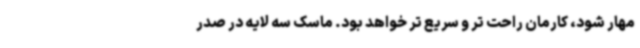
مهار شود، کارمان راحت تر و سریع تر خواهد بود. ماسک سه لایه در صدر